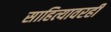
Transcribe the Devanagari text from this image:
साहित्यावरही